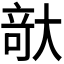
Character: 𪥘